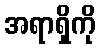
အရာရှိကို